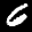
Label: 6